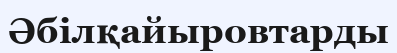
Әбілқайыровтарды